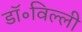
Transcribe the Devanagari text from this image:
डॉ॰विल्ली